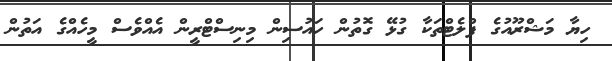
ހިޔާ މަޝްރޫއުގެ ފްލެޓްތަކާ ގުޅޭ ގޮތުން ހައުސިން މިނިސްޓްރީން އެއްވެސް މީހެއްގެ އަތުން